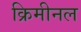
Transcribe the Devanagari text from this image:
क्रिमीनल